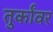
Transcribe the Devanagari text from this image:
तुर्कांवर